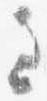
過